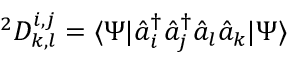
^ { 2 } D _ { k , l } ^ { i , j } = \langle \Psi | { \hat { a } } _ { i } ^ { \dagger } { \hat { a } } _ { j } ^ { \dagger } { \hat { a } } _ { l } { \hat { a } } _ { k } | \Psi \rangle